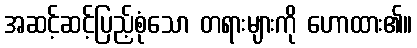
အဆင့်ဆင့်ပြည့်စုံသော တရားများကို ဟောထား၏။